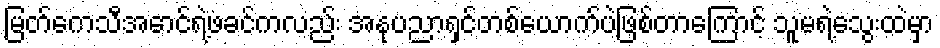
မြတ်ကေသီအောင်ရဲ့ဖခင်ကလည်း အနုပညာရှင်တစ်ယောက်ပဲဖြစ်တာကြောင့် သူမရဲ့သွေးထဲမှာ